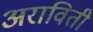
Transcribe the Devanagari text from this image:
अराविती